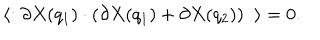
\langle : \partial X ( q _ { 1 } ) \cdot ( \partial X ( q _ { 1 } ) + \partial X ( q _ { 2 } ) ) : \rangle = 0 .